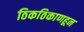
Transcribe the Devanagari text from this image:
ठिकठिकाणहून